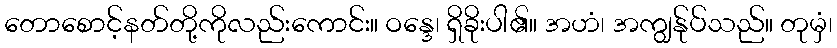
တောစောင့်နတ်တို့ကိုလည်းကောင်း။ ဝန္ဒေ၊ ရှိခိုးပါ၏။ အဟံ၊ အကျွန်ုပ်သည်။ တုမှံ၊